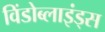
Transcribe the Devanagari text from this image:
विंडोब्लाइंड्स